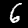
Digit: 6